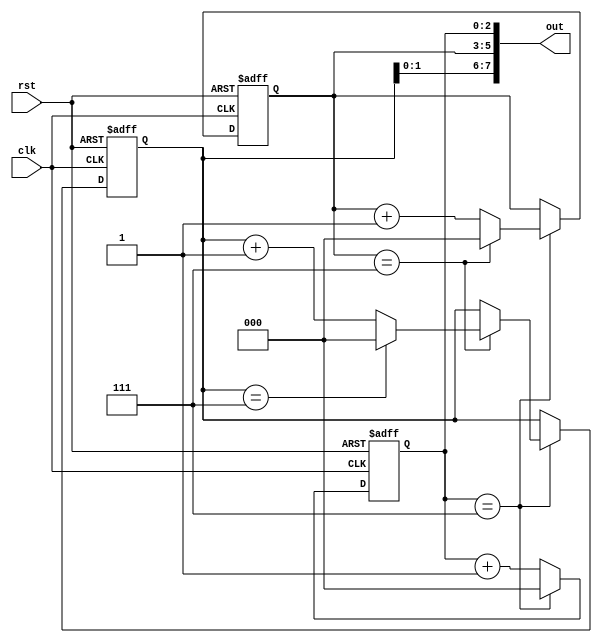
module cascaded_counter(
  input wire clk,
  input wire rst,
  output reg [7:0] out
);

reg [2:0] counter1;
reg [2:0] counter2;
reg [2:0] counter3;

always @(posedge clk or posedge rst) begin
  if (rst) begin
    counter1 <= 0;
    counter2 <= 0;
    counter3 <= 0;
  end else begin
    if (counter1 == 7) begin
      counter1 <= 0;
      if (counter2 == 7) begin
        counter2 <= 0;
        if (counter3 == 7) begin
          counter3 <= 0;
        end else begin
          counter3 <= counter3 + 1;
        end
      end else begin
        counter2 <= counter2 + 1;
      end
    end else begin
      counter1 <= counter1 + 1;
    end
  end
end

assign out = {counter3, counter2, counter1};

endmodule